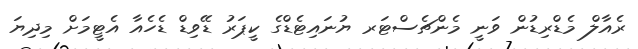
ރެއާލް މެޑްރިޑުން ވަނީ މެންޗެސްޓަރ ޔުނައިޓެޑްގެ ކީޕަރު ޑޭވިޑް ޑެހެއާ އެޓީމަށް މިދިޔަ